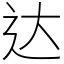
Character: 达